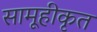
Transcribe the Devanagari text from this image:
सामूहीकृत